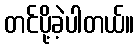
တင်ပို့ခဲ့ပါတယ်။